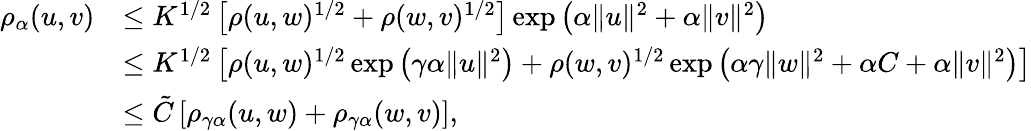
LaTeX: \begin{array}{rl}{\rho_{\alpha}(u,v)}&{\leq K^{1/2}\left[\rho(u,w)^{1/2}+\rho(w,v)^{1/2}\right]\exp\left(\alpha\| u\| ^{2}+\alpha\| v\| ^{2}\right)}\\ &{\leq K^{1/2}\left[\rho(u,w)^{1/2}\exp\left(\gamma\alpha\| u\| ^{2}\right)+\rho(w,v)^{1/2}\exp\left(\alpha\gamma\| w\| ^{2}+\alpha C+\alpha\| v\| ^{2}\right)\right]}\\ &{\leq\tilde{C}\left[\rho_{\gamma\alpha}(u,w)+\rho_{\gamma\alpha}(w,v)\right],}\end{array}